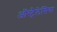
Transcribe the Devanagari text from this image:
ऑस्ट्रैलेसिया